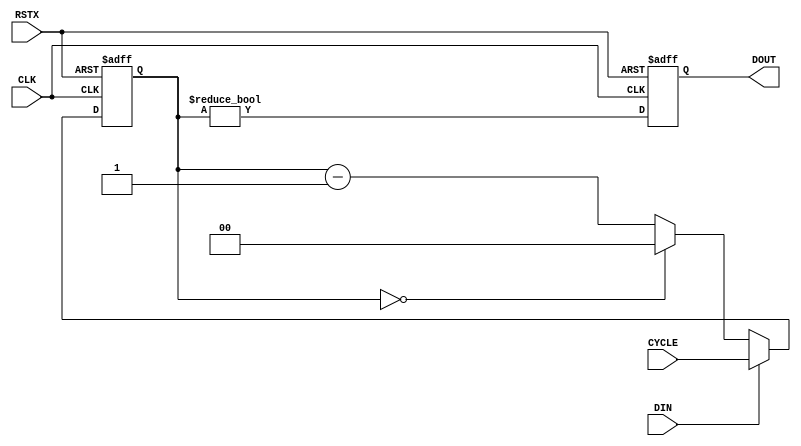
module pulse_extend #(
 parameter CBW =  'd2,
           RV  = 1'b0) (
 input                RSTX,
 input                CLK,
 input                DIN,
 input      [CBW-1:0] CYCLE,
 output reg           DOUT
);
integer i;

reg [CBW-1:0] cnt;
always @(posedge CLK or negedge RSTX)
  if (!RSTX)                   cnt <= {CBW{1'b0}};
  else if (DIN != RV)          cnt <= CYCLE;
  else if (cnt == {CBW{1'b0}}) cnt <= {CBW{1'b0}};
  else                         cnt <= cnt - {{(CBW-1){1'b0}}, 1'b1};

always @(posedge CLK or negedge RSTX)
  if (!RSTX) DOUT <= RV;
  else       DOUT <= (cnt != {CBW{1'b0}}) ^ RV;

endmodule